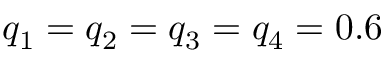
q _ { 1 } = q _ { 2 } = q _ { 3 } = q _ { 4 } = 0 . 6